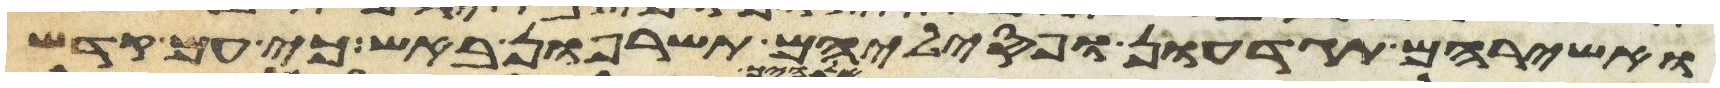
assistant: ואשריהם תגדעון ופסיליהם תשרפון באש כי עם קדש